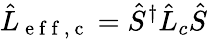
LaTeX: \hat{L}_{\mathrm{~e~f~f~,~c~}}=\hat{S}^{\dagger}\hat{L}_{c}\hat{S}